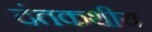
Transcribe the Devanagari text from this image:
दंतकथीय